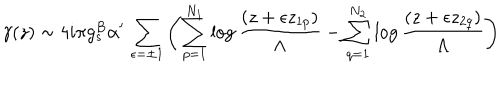
\gamma ( z ) \sim 4 i \pi g _ { s } ^ { B } \alpha ^ { \prime } \, \sum _ { \epsilon = \pm 1 } \left( \sum _ { p = 1 } ^ { N _ { 1 } } \log \frac { ( z + \epsilon z _ { 1 p } ) } { \Lambda } - \sum _ { q = 1 } ^ { N _ { 2 } } \log \frac { ( z + \epsilon z _ { 2 q } ) } { \Lambda } \right)